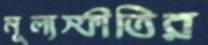
মূল্যস্ফীতির